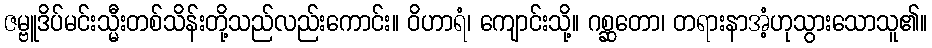
ဇမ္ဗူဒိပ်မင်းသ္မီးတစ်သိန်းတို့သည်လည်းကောင်း။ ဝိဟာရံ၊ ကျောင်းသို့။ ဂစ္ဆတော၊ တရားနာအံ့ဟုသွားသောသူ၏။